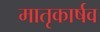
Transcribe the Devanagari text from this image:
मातृकार्षव